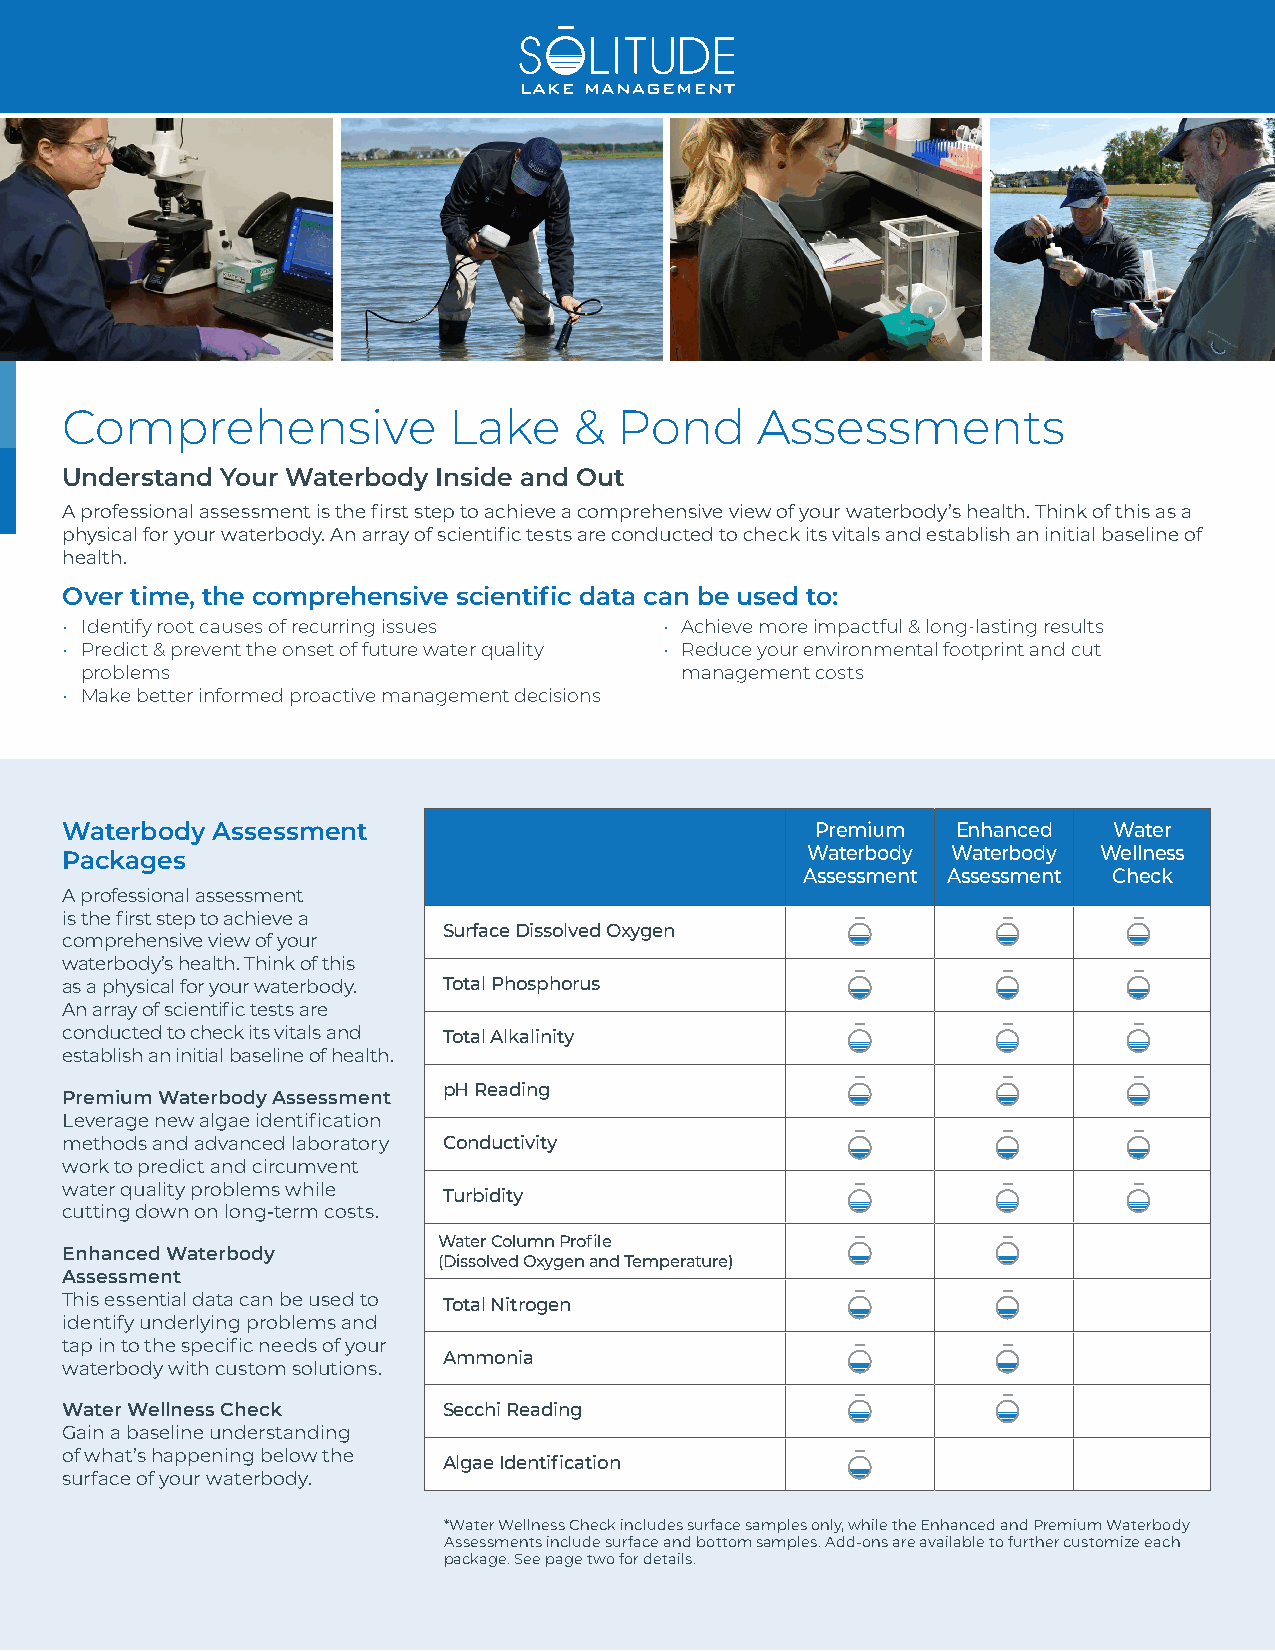
Comprehensive             Lake    &  Pond     Assessments
 Understand Your Waterbody Inside and Out
 A professional assessment is the first step to achieve a comprehensive view of your waterbody’s health. Think of this as a
 physical for your waterbody. An array of scientific tests are conducted to check its vitals and establish an initial baseline of
 health.
 Over time, the comprehensive scientific data can be used to:
 • Identify root causes of recurring issues • Achieve more impactful & long-lasting results
 • Predict & prevent the onset of future water quality • Reduce your environmental footprint and cut
 problems                                management costs
 • Make better informed proactive management decisions
 Waterbody Assessment                              Premium  Enhanced   Water
 Packages                                         Waterbody Waterbody Wellness
 Assessment Assessment Check
 A professional assessment
 is the first step to achieve a
 Surface Dissolved Oxygen
 comprehensive view of your
 waterbody’s health. Think of this
 as a physical for your waterbody. Total Phosphorus
 An array of scientific tests are
 conducted to check its vitals and Total Alkalinity
 establish an initial baseline of health.
 pH Reading
 Premium Waterbody Assessment
 Leverage new algae identification
 methods and advanced laboratory Conductivity
 work to predict and circumvent
 water quality problems while
 Turbidity
 cutting down on long-term costs.
 Water Column Profile
 Enhanced Waterbody
 (Dissolved Oxygen and Temperature)
 Assessment
 This essential data can be used to Total Nitrogen
 identify underlying problems and
 tap in to the specific needs of your
 Ammonia
 waterbody with custom solutions.
 Water Wellness Check     Secchi Reading
 Gain a baseline understanding
 of what’s happening below the
 Algae Identification
 surface of your waterbody.
 *Water Wellness Check includes surface samples only, while the Enhanced and Premium Waterbody
 Assessments include surface and bottom samples. Add-ons are available to further customize each
 package. See page two for details.